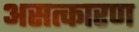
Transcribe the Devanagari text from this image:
असत्कारण